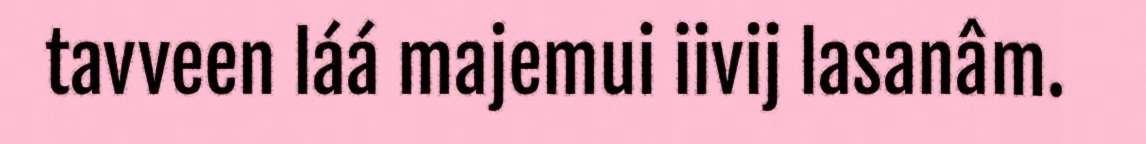
tavveen láá majemui iivij lasanâm.